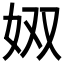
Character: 𪥫